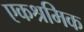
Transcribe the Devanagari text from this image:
एकश्रमिक